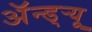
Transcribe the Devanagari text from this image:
अॅन्ड्‌र्‍यू